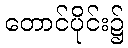
တောင်ပိုင်း၌